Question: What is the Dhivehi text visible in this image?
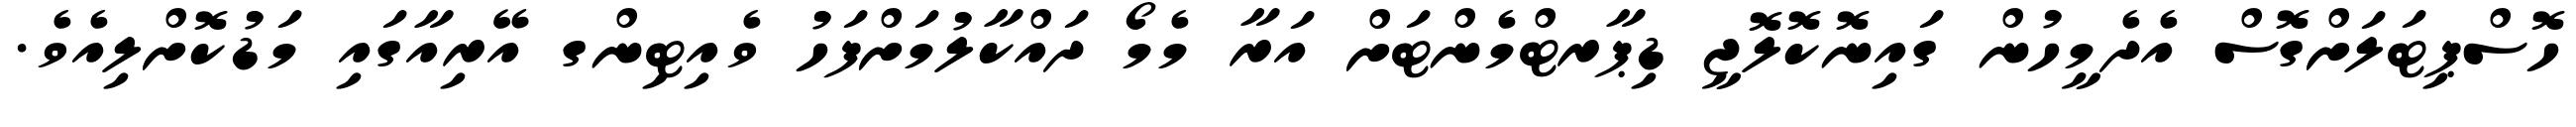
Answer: ހޮސްޕިޓަލަށްގޮސް އެދެމީހުން ގައިނޮކޮލޮޖީ ޑިޕާރޓްމެންޓަށް އަރާ މެމޯ ދައްކާލުމަށްފަހު ވެއިޓިންގ އޭރިއާގައި މަޑުކޮށްލިއެވެ.